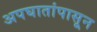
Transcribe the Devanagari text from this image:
अपघातांपासून